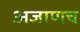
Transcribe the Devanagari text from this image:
अजाणच